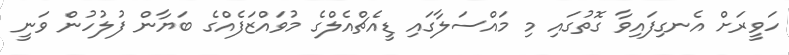
ހަވީރަށް އެނގިފައިވާ ގޮތުގައި މި މައްސަލާގައި ޑީއެޗްއެލްގެ މުވައްޒަފެއްގެ ބަޔާން ފުލުހުން ވަނީ